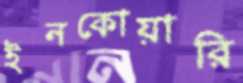
ইনকোয়ারি